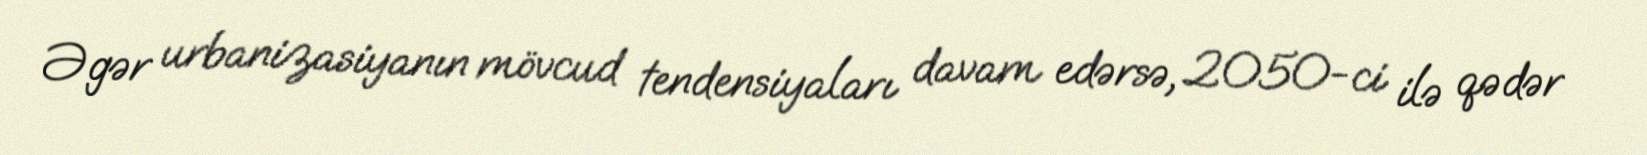
Əgər urbanizasiyanın mövcud tendensiyaları davam edərsə, 2050-ci ilə qədər